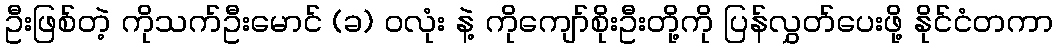
ဦးဖြစ်တဲ့ ကိုသက်ဦးမောင် (ခ) ဝလုံး နဲ့ ကိုကျော်စိုးဦးတို့ကို ပြန်လွှတ်ပေးဖို့ နိုင်ငံတကာ